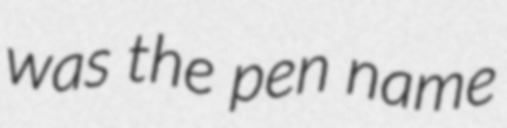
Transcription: was the pen name